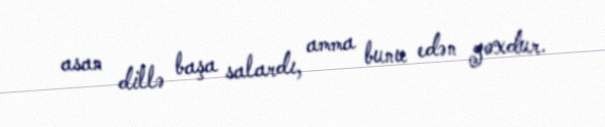
asan dillə başa salardı, amma bunu edən yoxdur.